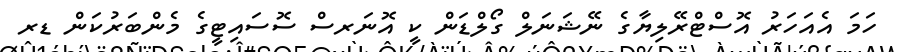
ހަމަ އެއަހަރު އޮސްޓްރޭލިޔާގެ ނޭޝަނަލް ގޯލްޑަން ކީ އޮނަރސް ސޮސައިޓީގެ މެންބަރުކަން ޑރ